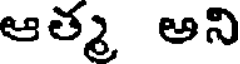
ఆత్మ అని